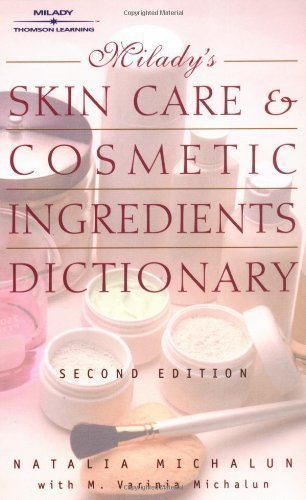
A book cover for Skin Care and Cosmetic Ingredients Dictionary 2nd (second) Edition by Michalun, Natalia, Michalun, Varinia published by Milady (2000); Health, Fitness & Dieting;